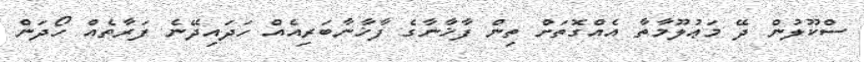
ސްކޫލުން ދޭ މަޢުލޫމާތާ އެއްގޮތަށް ތިން ފާޚާނާގެ ފާޚާނާބަރިއެއް ހަދައިދޭނެ ފަރާތެއް ހޯދަން